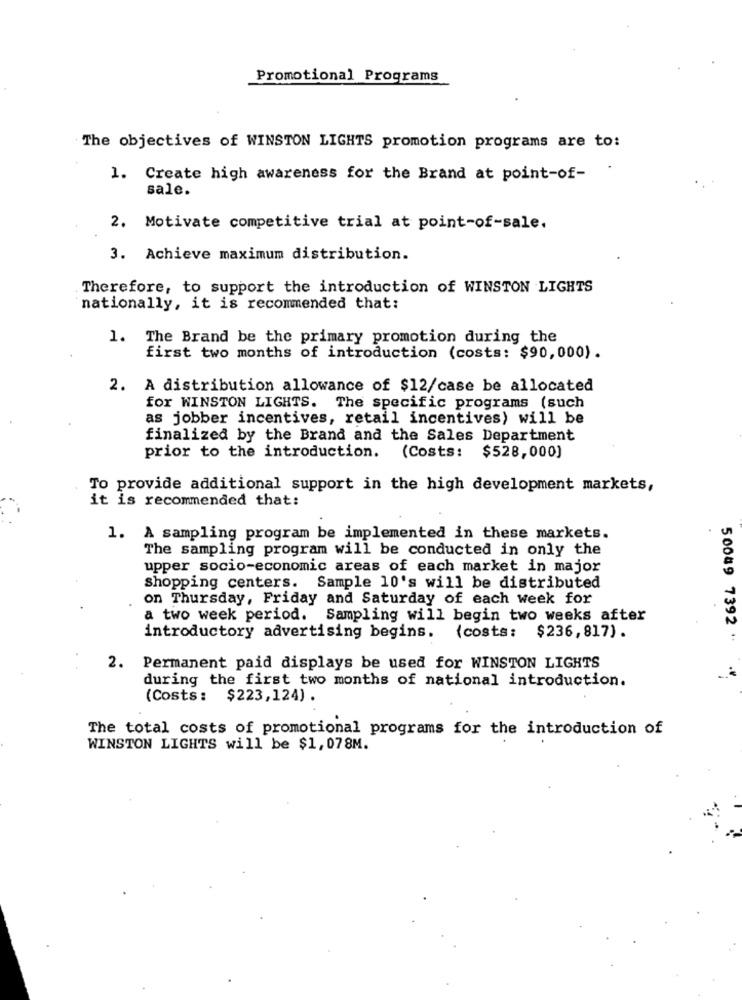
Promotional Programs
The objectives of WINSTON LIGHTS promotion programs are to:
1. Create high awareness for the Brand at point-of-
sale.
2. Motivate competitive trial at point-of-sale.
3. Achieve maximum distribution.
Therefore, to support the introduction of WINSTON LIGHTS
nationally, it is recommended that:
1. The Brand be the primary promotion during the
first two months of introduction (costs: $90,000).
2. A distribution allowance of $12/case be allocated
for WINSTON LIGHTS. The specific programs (such
as jobber incentives, retail incentives) will be
finalized by the Brand and the Sales Department
prior to the introduction.
(Costs:
$528,000]
To provide additional support in the high development markets,
it is recommended that:
1. A sampling program be implemented in these markets.
The sampling program will be conducted in only the
upper socio-economic areas of each market in major
Shopping centers. Sample 10's will be distributed
on Thursday, Friday and Saturday of each week for
a two week period. Sampling will begin two weeks after
introductory advertising begins. (costs:
$236,817).
50049 7392 "
2. Permanent paid displays be used for WINSTON LIGHTS
during the first two months of national introduction.
(Costs: $223,124) .
The total costs of promotional programs for the introduction of
WINSTON LIGHTS will be $1,078M.